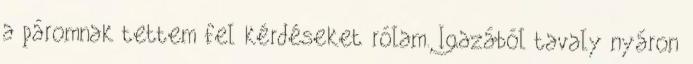
a páromnak tettem fel kérdéseket rólam. Igazából tavaly nyáron